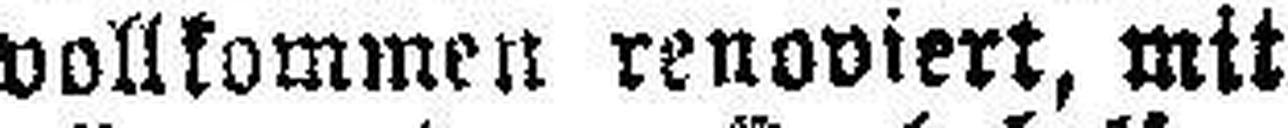
vollkommen renoviert, mit